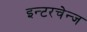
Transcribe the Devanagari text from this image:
इन्टरचेन्ज